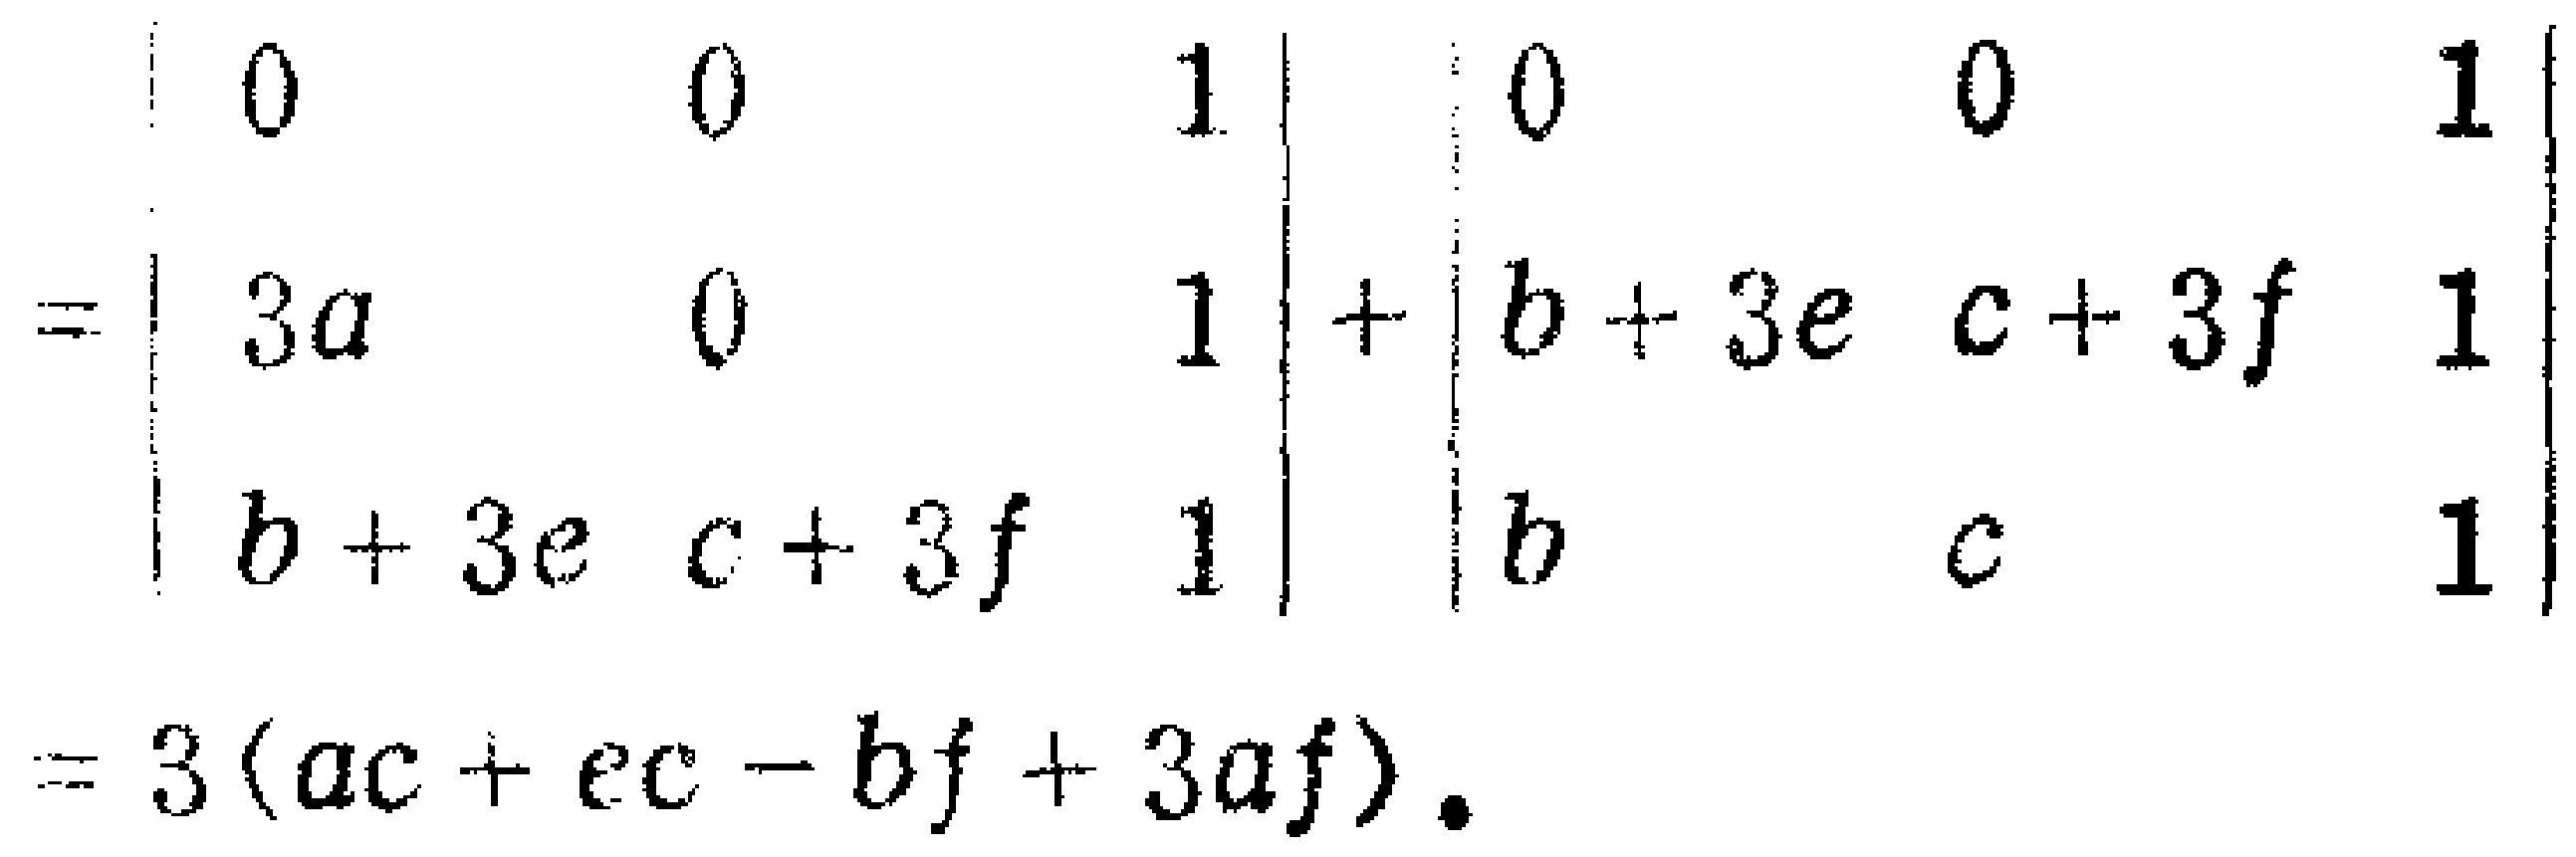
\[
\begin{align*}
&=\begin{vmatrix}
0&0&1\\
3a&0&1\\
b + 3e&c + 3f&1
\end{vmatrix}+\begin{vmatrix}
0&0&1\\
b + 3e&c + 3f&1\\
b&c&1
\end{vmatrix}\\
&=3(ac + ec - bf+3af).
\end{align*}
\]